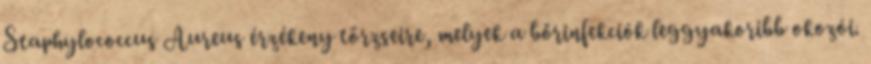
Staphylococcus Aureus érzékeny törzseire, melyek a bőrinfekciók leggyakoribb okozói.